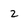
Character: z